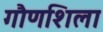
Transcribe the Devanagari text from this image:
गौणशिला